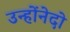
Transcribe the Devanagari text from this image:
उन्होंनेदो